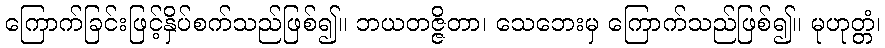
ကြောက်ခြင်းဖြင့်နှိပ်စက်သည်ဖြစ်၍။ ဘယတဇ္ဇိတာ၊ သေဘေးမှ ကြောက်သည်ဖြစ်၍။ မုဟုတ္တံ၊